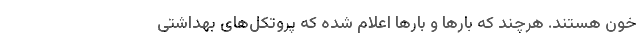
خون هستند. هرچند که بارها و بارها اعلام شده که پروتکل‌های بهداشتی